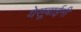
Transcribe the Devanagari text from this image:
येसूबाईनी